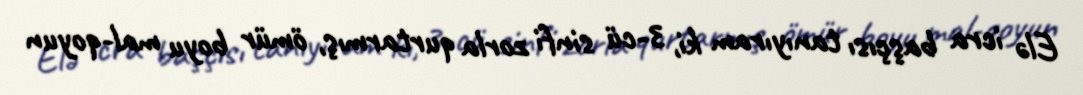
Elə icra başçısı tanıyıram ki, 3-cü sinfi zorla qurtarmış, ömür boyu mal-qoyun